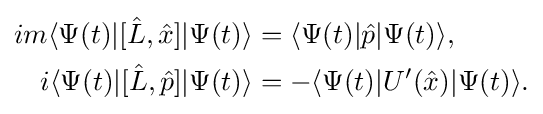
{\begin{aligned}im\langle \Psi (t)|[{\hat {L}},{\hat {x}}]|\Psi (t)\rangle &=\langle \Psi (t)|{\hat {p}}|\Psi (t)\rangle ,\\i\langle \Psi (t)|[{\hat {L}},{\hat {p}}]|\Psi (t)\rangle &=-\langle \Psi (t)|U'({\hat {x}})|\Psi (t)\rangle .\end{aligned}}